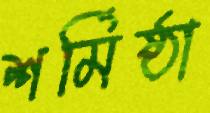
শর্মিষ্ঠা